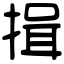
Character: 揖